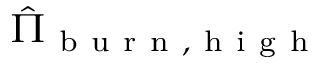
\hat { \Pi } _ { \mathrm { ~ b ~ u ~ r ~ n ~ } , \mathrm { ~ h ~ i ~ g ~ h ~ } }